Document type: Sale
Year: 1274
Scribe: [Unknown]
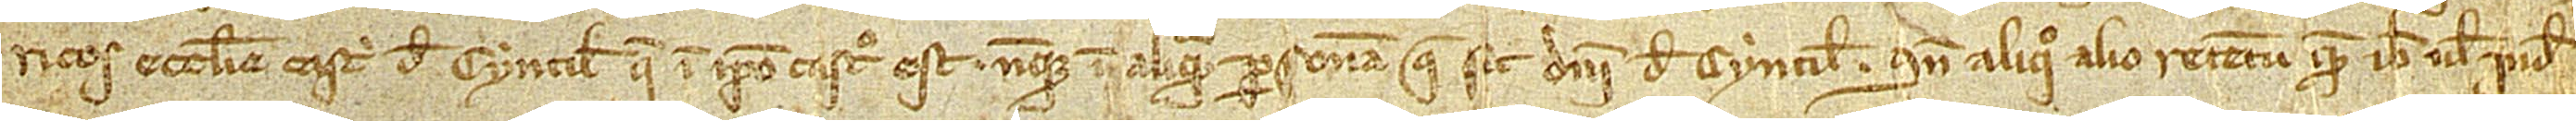
ricos ecclesie castri de Cyntilis que in ipso castro est, neque in aliqua persona que sit domini de Cyntilis, sine aliquo alio retentu quem ibi vel inde